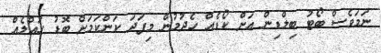
ނަމަވެސް ބޯޓު ބިލްޑިން އަށް ކޯޑެއް ހެދުމުން މިފަދަ ކަންކަމަށް ބޮޑު ހައްލެއް